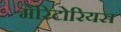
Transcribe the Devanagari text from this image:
मेरिटोरियस